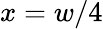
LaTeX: x=w/4